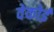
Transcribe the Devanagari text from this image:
वेकोई